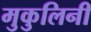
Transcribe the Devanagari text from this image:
मुकुलिनी